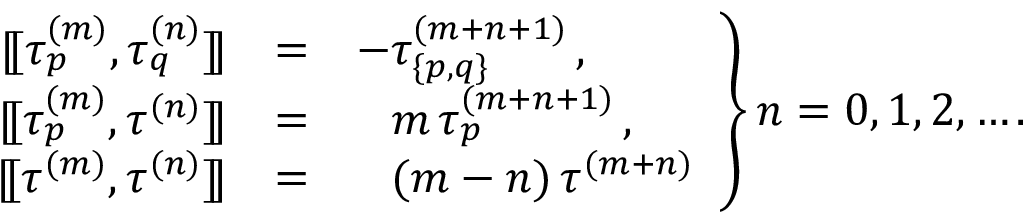
\left. \begin{array} { r c l } { { { [ \! [ } \tau _ { p } ^ { ( m ) } , \tau _ { q } ^ { ( n ) } { ] \! ] } } } & { { = } } & { { - \tau _ { \{ p , q \} } ^ { ( m + n + 1 ) } \, , } } \\ { { { [ \! [ } \tau _ { p } ^ { ( m ) } , \tau ^ { ( n ) } { ] \! ] } } } & { { = } } & { { \phantom { - } m \, \tau _ { p } ^ { ( m + n + 1 ) } \, , } } \\ { { { [ \! [ } \tau ^ { ( m ) } , \tau ^ { ( n ) } { ] \! ] } } } & { { = } } & { { \phantom { - } ( m - n ) \, \tau ^ { ( m + n ) } } } \end{array} \right\} n = 0 , 1 , 2 , \ldots .